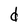
Character: d